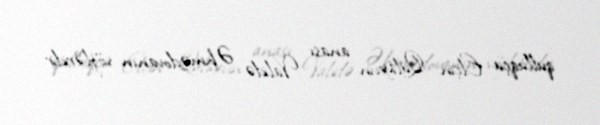
qulluqçu Elçin Quliyevin anası Validə Əhmədovanın sözləridir.